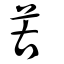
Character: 苦